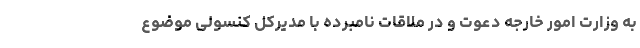
به وزارت امور خارجه دعوت و در ملاقات نامبرده با مدیرکل کنسولی موضوع